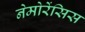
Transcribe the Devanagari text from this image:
नेमोरेंसिस